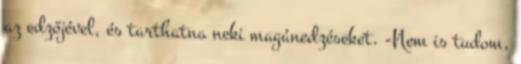
az edzőjével, és tarthatna neki magánedzéseket. -Nem is tudom,